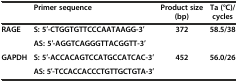
<table><thead><tr><td></td><td><b>Primer sequence</b></td><td><b>Product size (bp)</b></td><td><b>Ta (°C)/cycles</b></td></tr></thead><tbody><tr><td><b>RAGE</b></td><td><b>S: 5′-CTGGTGTTCCCAATAAGG-3′</b></td><td><b>372</b></td><td><b>58.5/38</b></td></tr><tr><td></td><td><b>AS: 5′-AGGTCAGGGTTACGGTT-3′</b></td><td></td><td></td></tr><tr><td><b>GAPDH</b></td><td><b>S: 5′-ACCACAGTCCATGCCATCAC-3′</b></td><td><b>452</b></td><td><b>56.0/26</b></td></tr><tr><td></td><td><b>AS: 5′-TCCACCACCCTGTTGCTGTA-3′</b></td><td></td><td></td></tr></tbody></table>